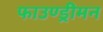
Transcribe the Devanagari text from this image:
फाउण्ड्रीमन